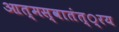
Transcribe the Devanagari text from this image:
आत्मस्वातंत््रय